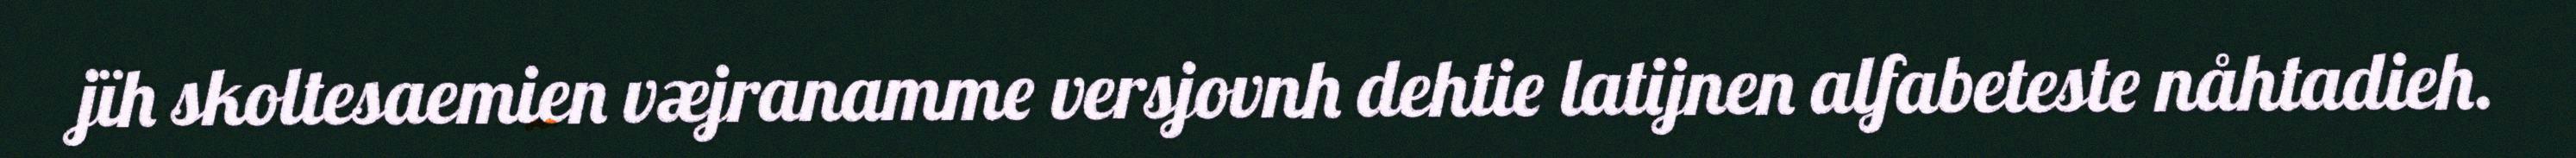
jïh skoltesaemien væjranamme versjovnh dehtie latijnen alfabeteste nåhtadieh.